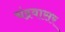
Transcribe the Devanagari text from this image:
चंद्रवासर